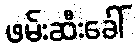
ဖမ်းဆီးခေါ်